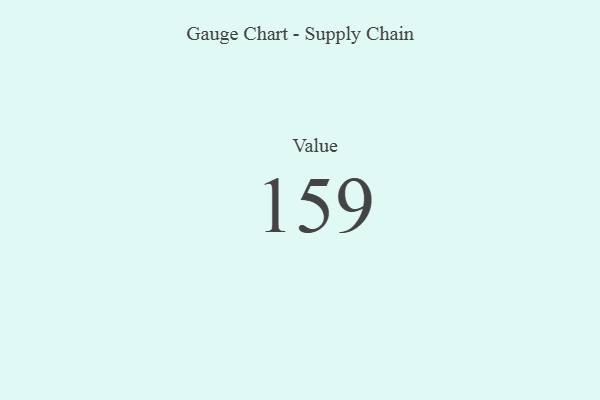
{"axis": {"x": "Metric", "y": "Value"}, "legend": [""], "data": [{"x": "Value", "y": 159, "type": ""}]}